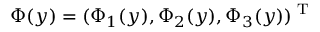
\Phi ( \boldsymbol { y } ) = ( \Phi _ { 1 } ( \boldsymbol { y } ) , \Phi _ { 2 } ( \boldsymbol { y } ) , \Phi _ { 3 } ( \boldsymbol { y } ) ) ^ { \textrm { T } }